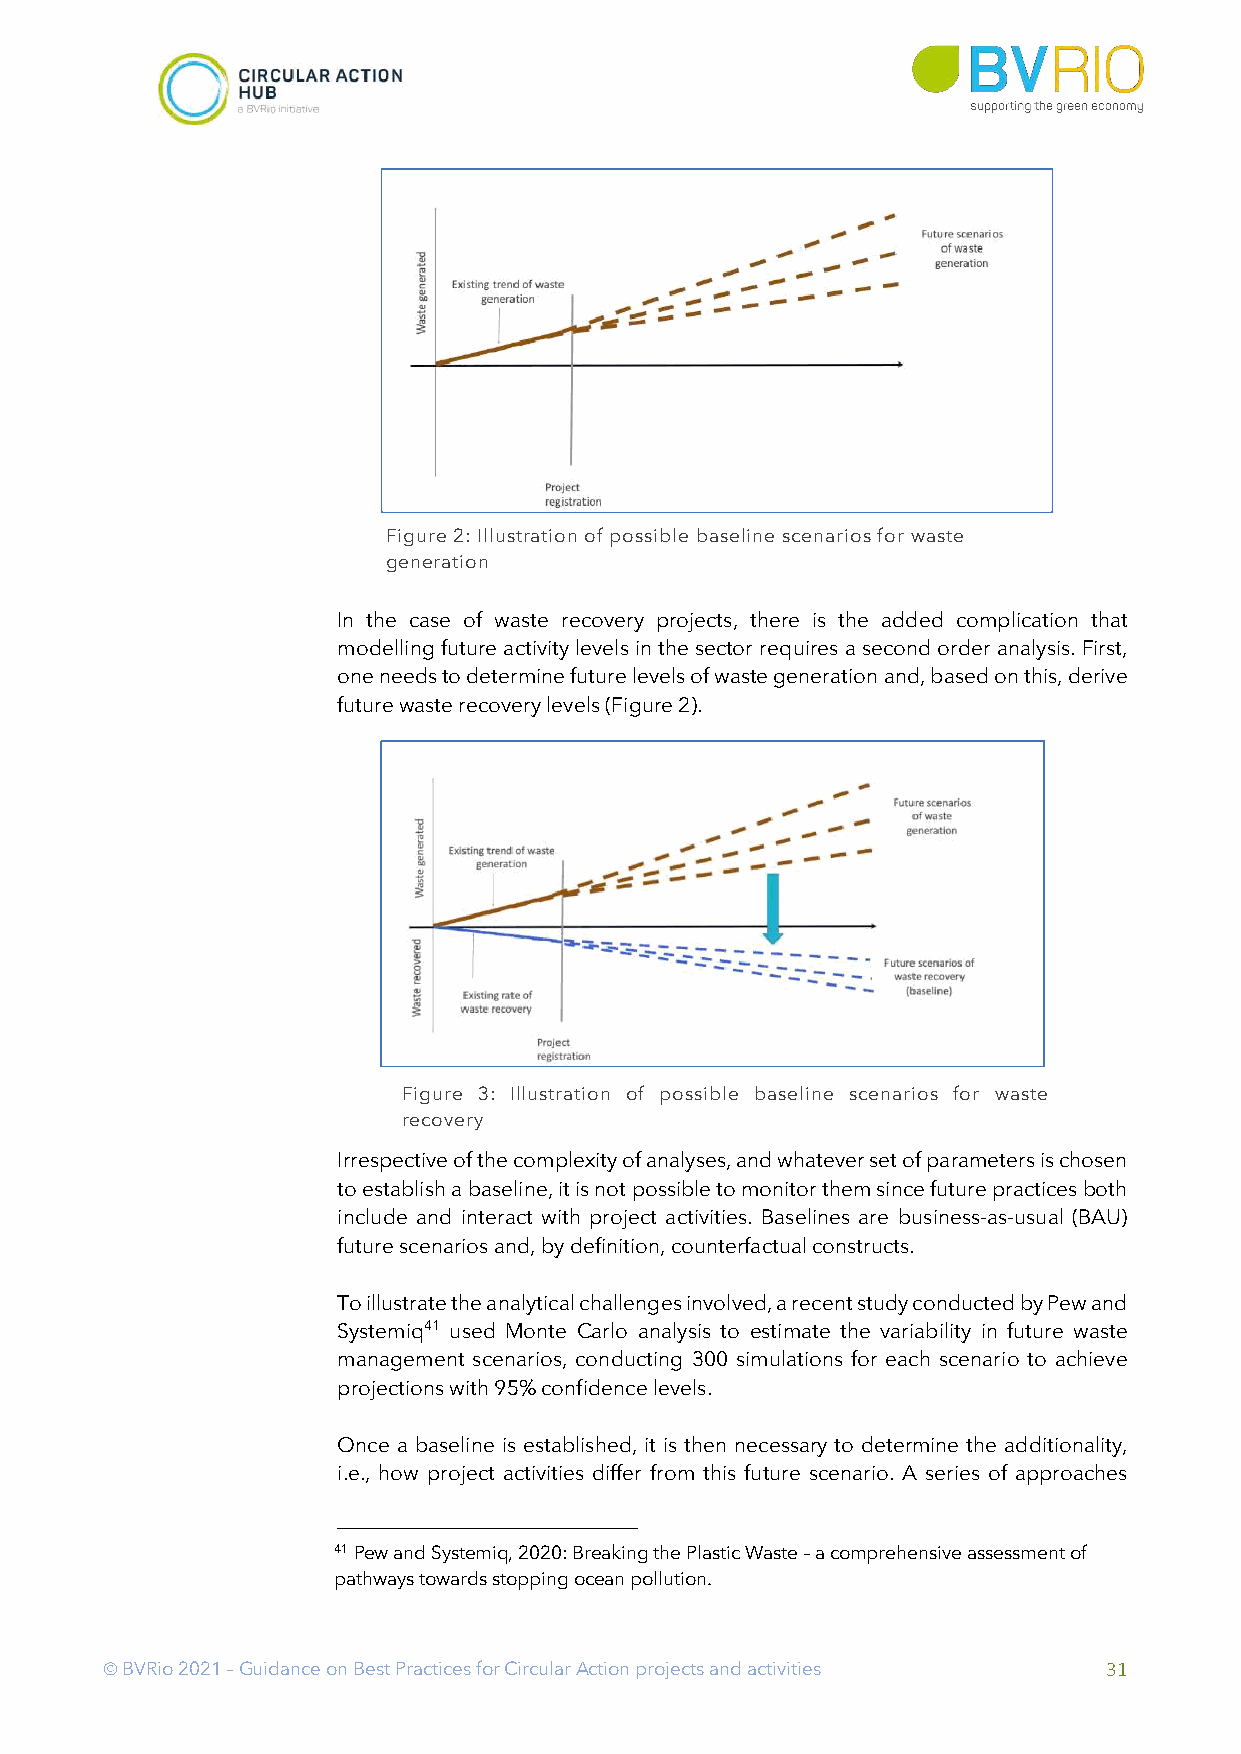
Figure 2: Illustration of possible baseline scenarios for waste
 generation
 In the case of waste recovery projects, there is the added complication that
 modelling future activity levels in the sector requires a second order analysis. First,
 one needs to determine future levels of waste generation and, based on this, derive
 future waste recovery levels (Figure 2).
 Figure 3: Illustration of possible baseline scenarios for waste
 recovery
 Irrespective of the complexity of analyses, and whatever set of parameters is chosen
 to establish a baseline, it is not possible to monitor them since future practices both
 include and interact with project activities. Baselines are business-as-usual (BAU)
 future scenarios and, by definition, counterfactual constructs.
 To illustrate the analytical challenges involved, a recent study conducted by Pew and
 Systemiq41 used Monte Carlo analysis to estimate the variability in future waste
 management scenarios, conducting 300 simulations for each scenario to achieve
 projections with 95% confidence levels.
 Once a baseline is established, it is then necessary to determine the additionality,
 i.e., how project activities differ from this future scenario. A series of approaches
 41 Pew and Systemiq, 2020: Breaking the Plastic Waste – a comprehensive assessment of
 pathways towards stopping ocean pollution.
 Ó BVRio 2021 – Guidance on Best Practices for Circular Action projects and activities 31